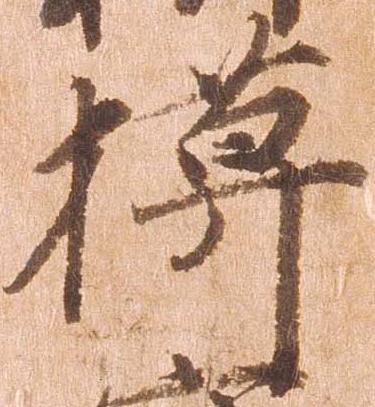
模